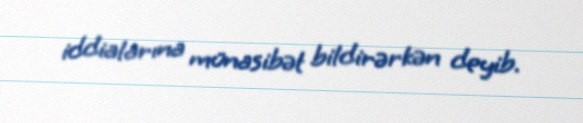
iddialarına münasibət bildirərkən deyib.